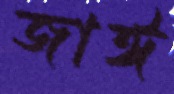
জাঈ